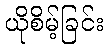
ယိုစိမ့်ခြင်း